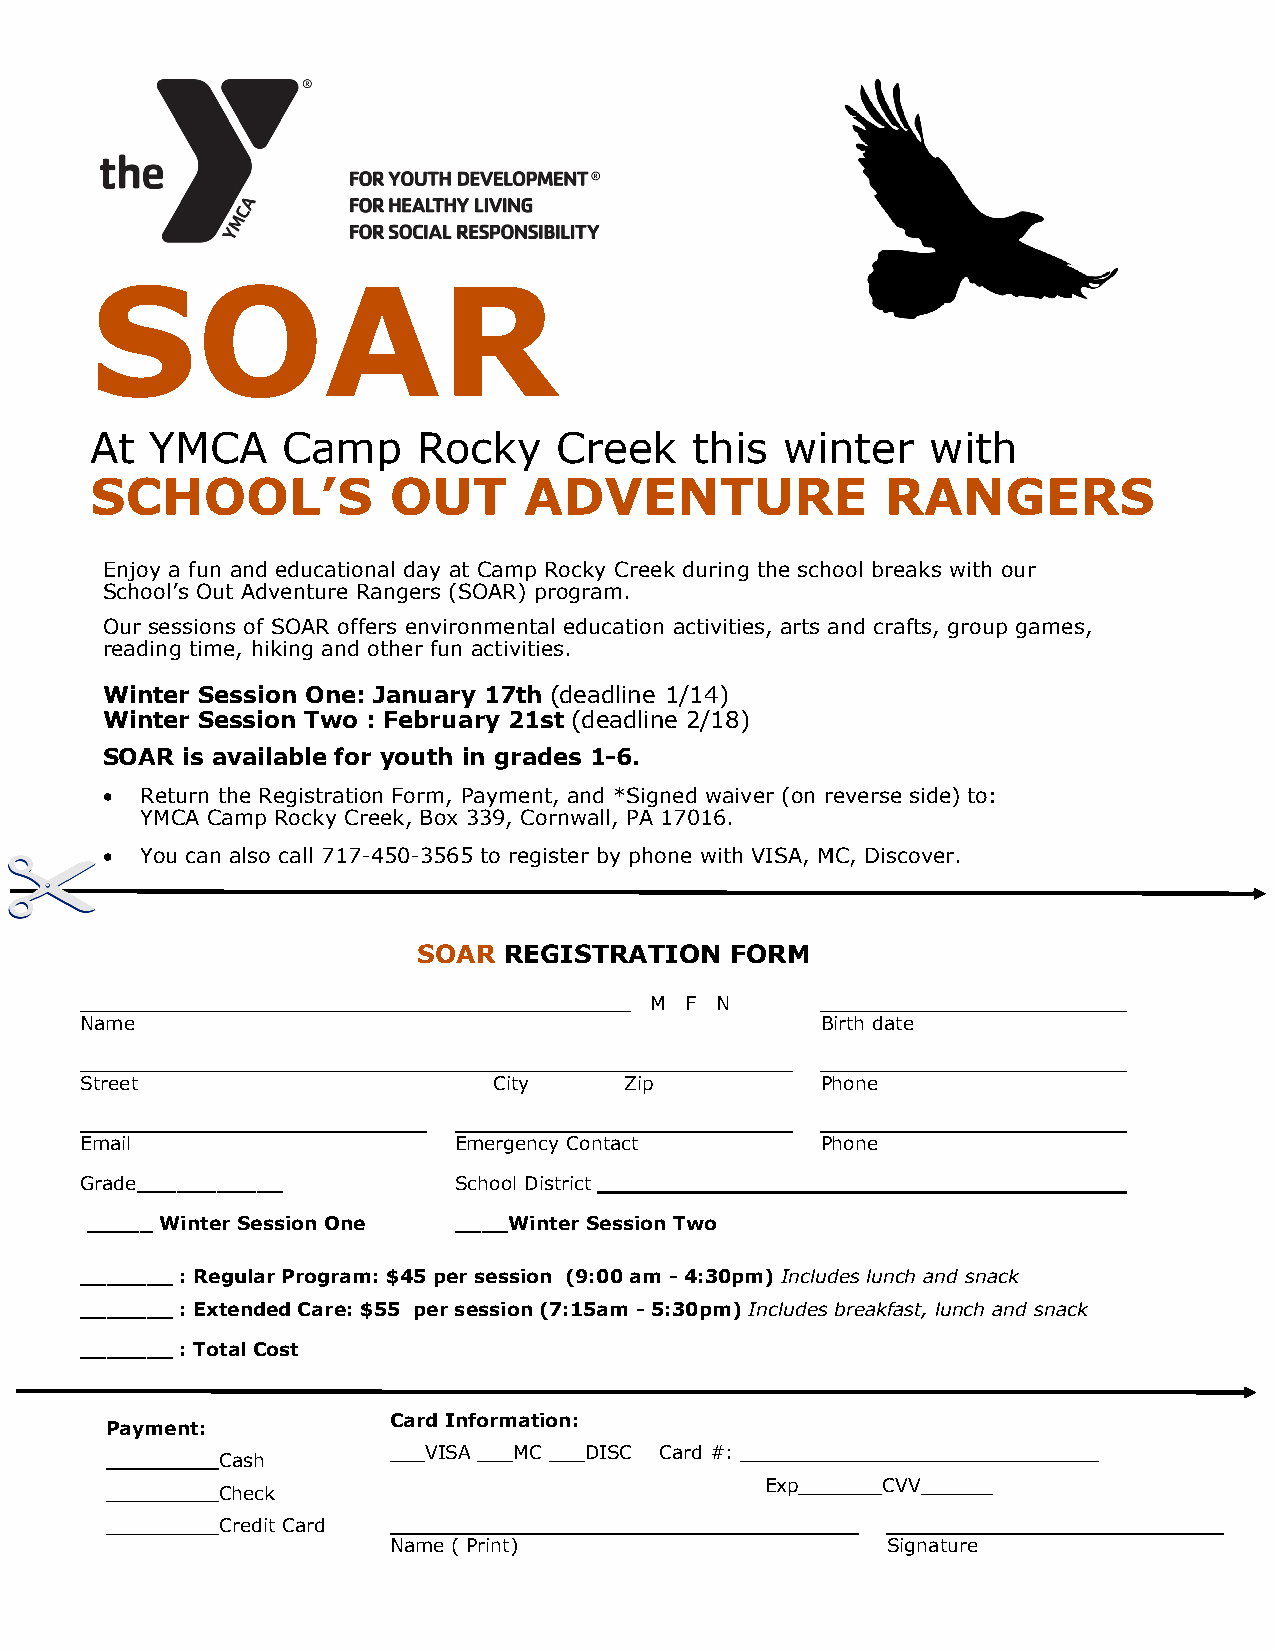
SOAR
 At  YMCA     Camp     Rocky    Creek    this  winter    with
 SCHOOL’S            OUT      ADVENTURE               RANGERS
 Enjoy a fun and educational day at Camp Rocky Creek during the school breaks with our
 School’s Out Adventure Rangers (SOAR) program.
 Our sessions of SOAR offers environmental education activities, arts and crafts, group games,
 reading time, hiking and other fun activities.
 Winter Session One: January 17th (deadline 1/14)
 Winter Session Two : February 21st (deadline 2/18)
 SOAR is available for youth in grades 1-6.
 • Return the Registration Form, Payment, and *Signed waiver (on reverse side) to:
 YMCA Camp Rocky Creek, Box 339, Cornwall, PA 17016.
 • You can also call 717-450-3565 to register by phone with VISA, MC, Discover.
 SOAR REGISTRATION   FORM
 M F N
 Name                                             Birth date
 Street                      City    Zip          Phone
 Email                    Emergency Contact       Phone
 Grade___________         School District
 _____ Winter Session One ____Winter Session Two
 _______ : Regular Program: $45 per session (9:00 am - 4:30pm) Includes lunch and snack
 _______ : Extended Care: $55 per session (7:15am - 5:30pm) Includes breakfast, lunch and snack
 _______ : Total Cost
 Card Information:
 Payment:
 ___VISA ___MC ___DISC Card #: ______________________________
 Cash
 Exp_______CVV______
 Check
 Credit Card
 Name ( Print)                    Signature